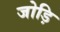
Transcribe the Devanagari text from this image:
जोड़ि